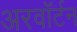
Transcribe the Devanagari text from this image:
अरवॉर्टन